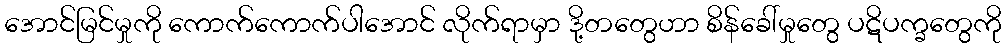
အောင်မြင်မှုကို ကောက်ကောက်ပါအောင် လိုက်ရာမှာ ဒို့တတွေဟာ စိန်ခေါ်မှုတွေ ပဋိပက္ခတွေကို